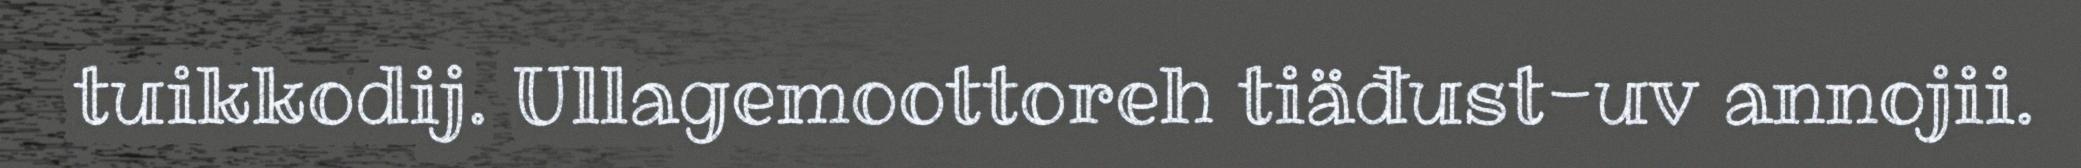
tuikkodij. Ullagemoottoreh tiäđust-uv annojii.